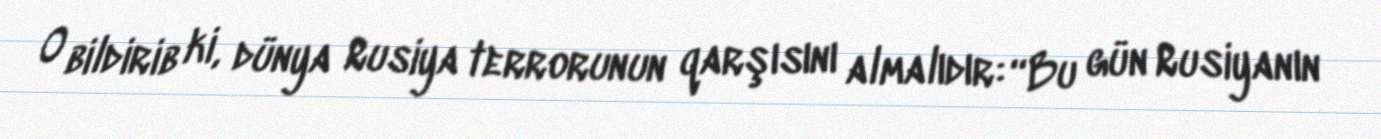
O bildirib ki, dünya Rusiya terrorunun qarşısını almalıdır: “Bu gün Rusiyanın